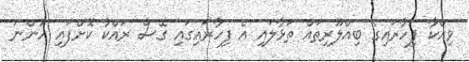
ވިއްކާ ފިހާރައިގެ ބިއްލޫރިތައް ތަޅާލައި އެ ފިހާރައިގައި ގޭސް ރައްކާ ކޮށްފައި ހުންނަ